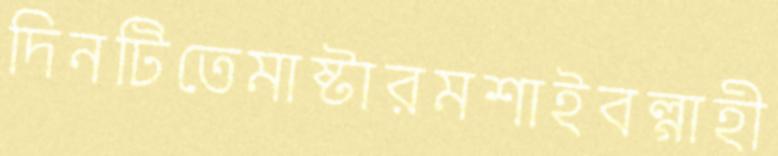
দিনটিতেমাষ্টারমশাইবল্গাহী